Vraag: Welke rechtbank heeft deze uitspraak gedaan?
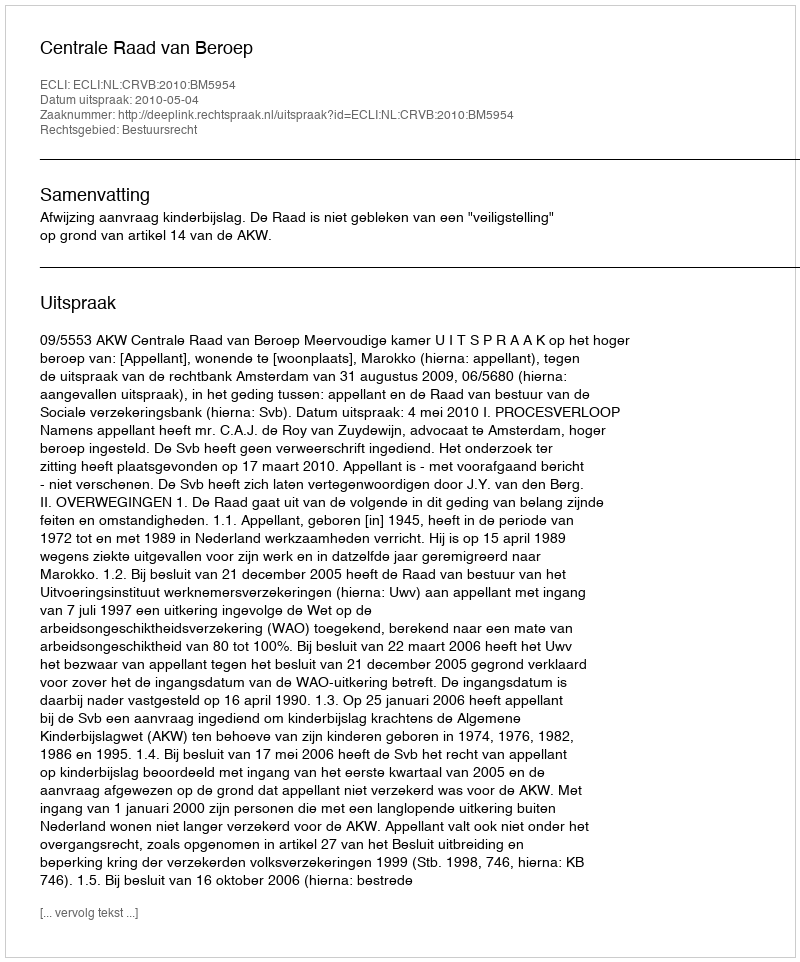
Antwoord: Centrale Raad van Beroep